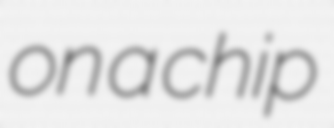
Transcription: on a chip